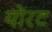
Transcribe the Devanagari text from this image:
योरट